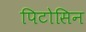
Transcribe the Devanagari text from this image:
पिटोसिन